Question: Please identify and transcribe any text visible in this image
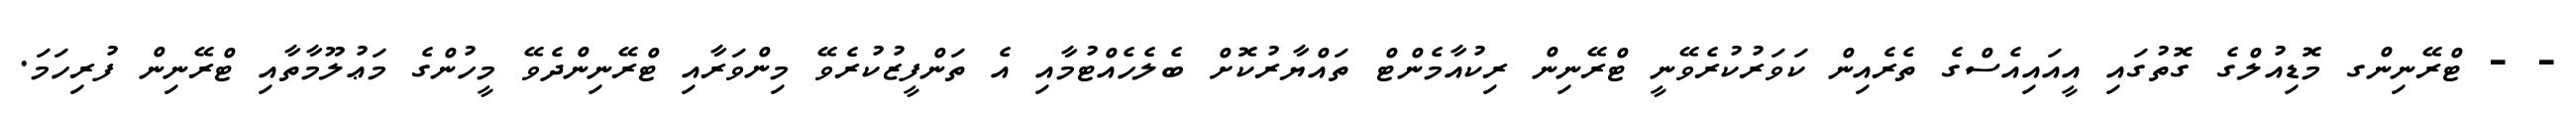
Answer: - - ޓްރޭނިންގ މޮޑިއުލްގެ ގޮތުގައި އީއައިއެސްގެ ތެރެއިން ކަވަރުކުރެވޭނީ ޓްރޭނިން ރިކުއާމެންޓް ތައްޔާރުކޮށް ބެލެހެއްޓުމާއި އެ ތަންފީޒުކުރެވޭ މިންވަރާއި ޓްރޭނިންދެވޭ މީހުންގެ މަޢުލޫމާތާއި ޓްރޭނިން ފުރިހަމަ.